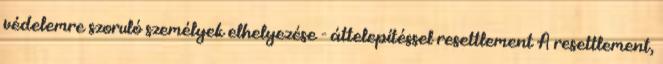
védelemre szoruló személyek elhelyezése - áttelepítéssel resettlement A resettlement,